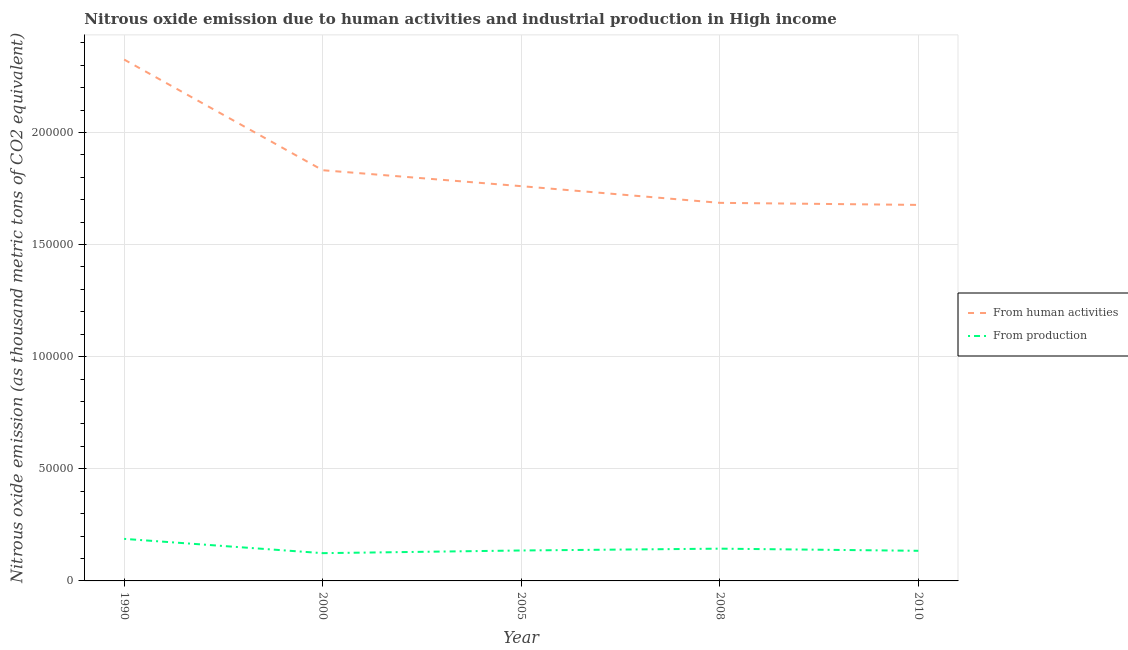
| Year | From human activities | From production |
 | --- | --- | --- |
 | 1990 | 2.33e+05 | 1.88e+04 |
 | 2000 | 1.83e+05 | 1.24e+04 |
 | 2005 | 1.76e+05 | 1.36e+04 |
 | 2008 | 1.69e+05 | 1.44e+04 |
 | 2010 | 1.68e+05 | 1.34e+04 |